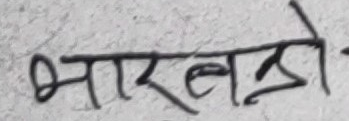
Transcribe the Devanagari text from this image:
भारखटो